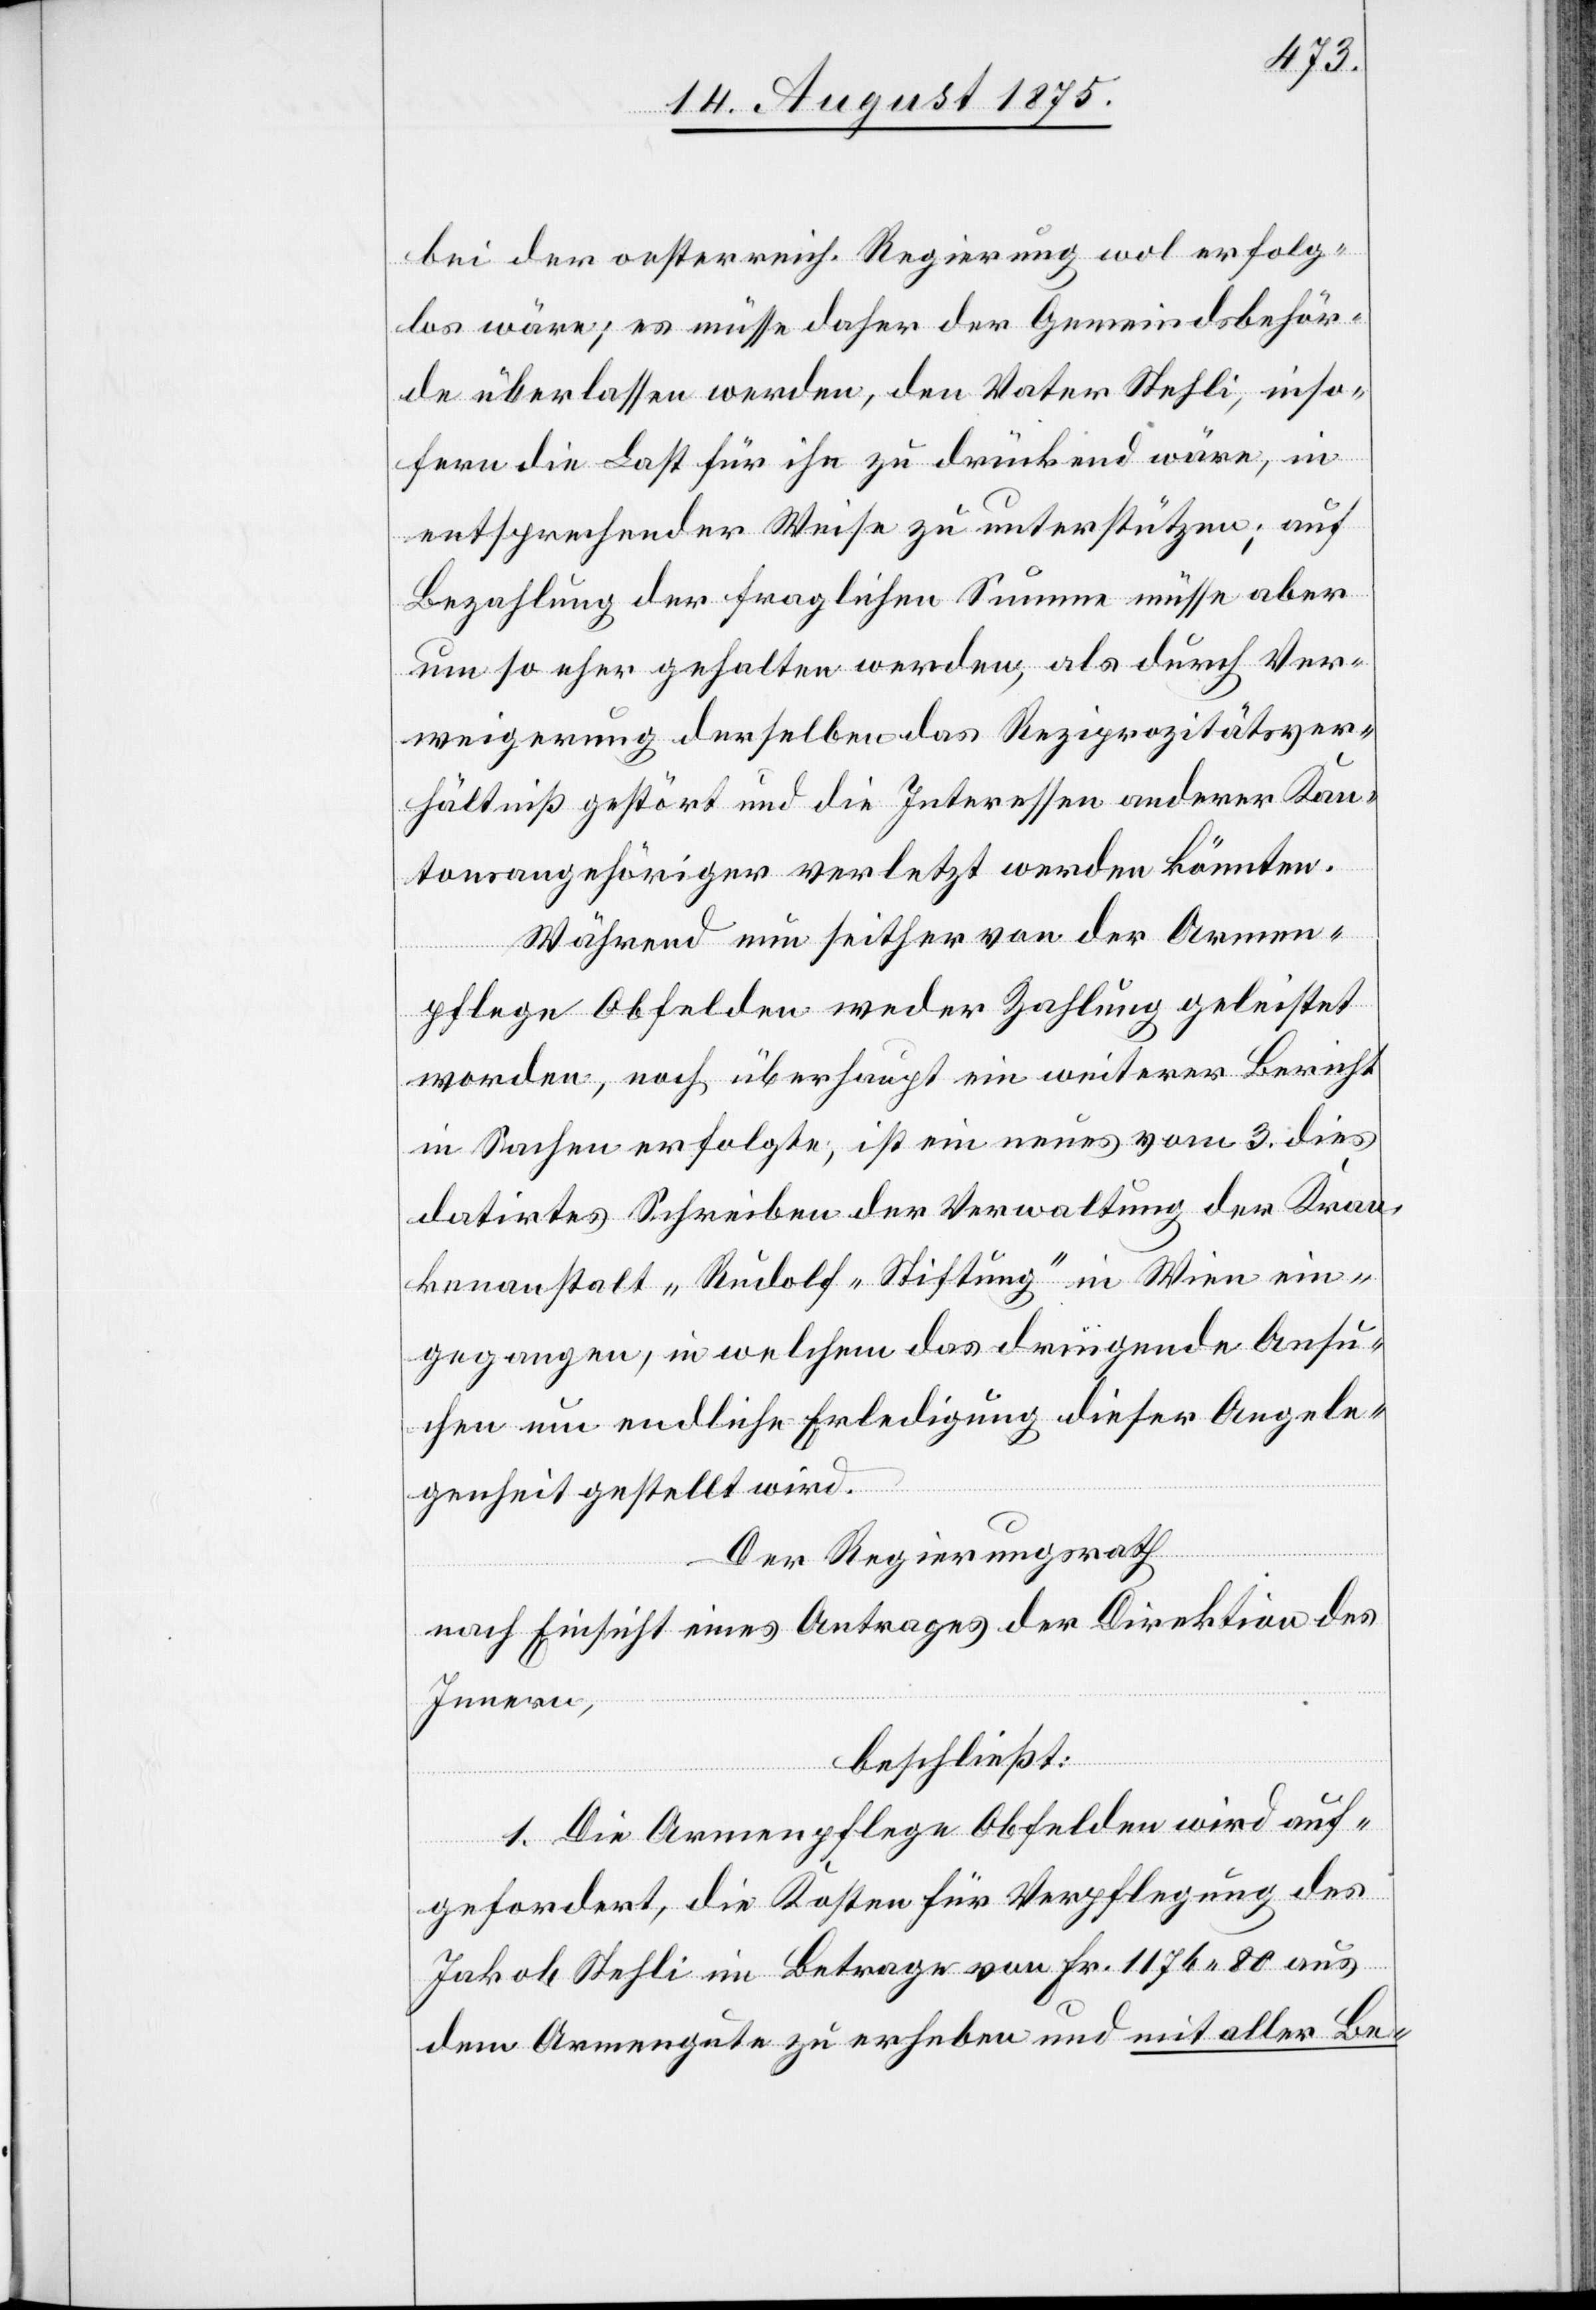
bei der oesterreichisch. Regierung wol erfolg¬
los wäre; es müsse daher der Gemeindsbehör¬
de überlassen werden, den Vater Stehli, inso¬
fern die Last für ihn zu drückend wäre, in
entsprechender Weise zu unterstützen; auf
Bezahlung der fraglichen Summe müsse aber
um so eher gehalten werden, als durch Ver¬
weigerung derselben das Reziprozitätsver¬
hältniß gestört und die Interessen anderer Kan¬
tonsangehöriger verletzt werden könnten.
Während nun seither von der Armen¬
pflege Obfelden weder Zahlung geleistet
worden, noch überhaupt ein weiterer Bericht
in Sachen erfolgte, ist ein neues vom 3. dies
datirtes Schreiben der Verwaltung der Kran¬
kenanstalt „Rudolf-Stiftung“ in Wien ein¬
gegangen, in welchem das dringende Ansu¬
chen um endliche Erledigung dieser Angele¬
genheit gestellt wird.
Der Regierungsrath
nach Einsicht eines Antrages der Direktion des
Innern,
beschließt:
1. Die Armenpflege Obfelden wird auf¬
gefordert, die Kosten für Verpflegung des
Jakob Stehli im Betrage von Fr. 1176 80 aus
dem Armengute zu erheben und mit aller Be-